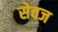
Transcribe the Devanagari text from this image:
सेवज